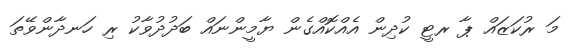
މަ ރުކަޒައް ޕާ ރޓީ ކުދިން އެއްކޮއްގެން ޔާމީންނައް ބަދުދުވާކު ރި ހަނދާންވޭތަ